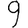
Digit: 9